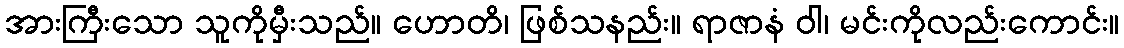
အားကြီးသော သူကိုမှီးသည်။ ဟောတိ၊ ဖြစ်သနည်း။ ရာဇာနံ ဝါ၊ မင်းကိုလည်းကောင်း။